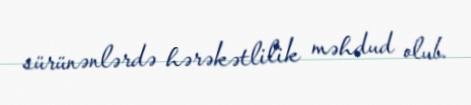
sürünənlərdə hərəkətlilik məhdud olub.